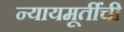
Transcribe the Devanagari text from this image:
न्यायमूर्तींची